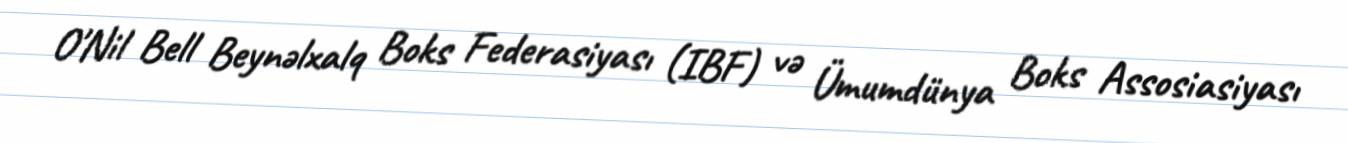
O'Nil Bell Beynəlxalq Boks Federasiyası (IBF) və Ümumdünya Boks Assosiasiyası